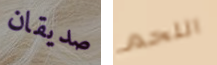
صديقان اللحم